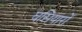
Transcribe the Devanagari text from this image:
घसियारों